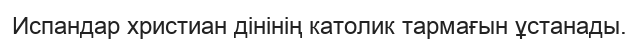
Испандар христиан дінінің католик тармағын ұстанады.